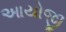
આયોજી